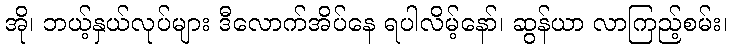
အို၊ ဘယ့်နှယ်လုပ်များ ဒီလောက်အိပ်နေ ရပါလိမ့်နော်၊ ဆွန်ယာ လာကြည့်စမ်း၊